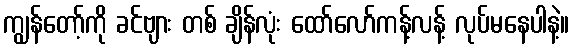
ကျွန်တော့်ကို ခင်ဗျား တစ် ချိန်လုံး ထော်လော်ကန့်လန့် လုပ်မနေပါနဲ့။